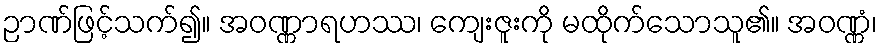
ဉာဏ်ဖြင့်သက်၍။ အဝဏ္ဏာရဟဿ၊ ကျေးဇူးကို မထိုက်သောသူ၏။ အဝဏ္ဏံ၊